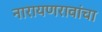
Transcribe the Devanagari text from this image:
नारायणरावांचा